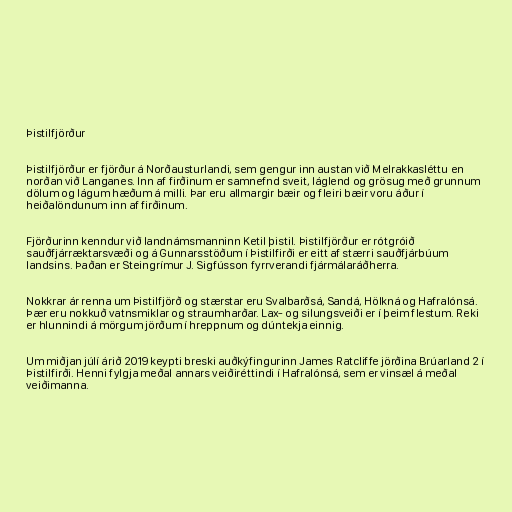
Þistilfjörður

Þistilfjörður er fjörður á Norðausturlandi, sem gengur inn austan við Melrakkasléttu en
norðan við Langanes. Inn af firðinum er samnefnd sveit, láglend og grösug með grunnum
dölum og lágum hæðum á milli. Þar eru allmargir bæir og fleiri bæir voru áður í
heiðalöndunum inn af firðinum.

Fjörðurinn kenndur við landnámsmanninn Ketil þistil. Þistilfjörður er rótgróið
sauðfjárræktarsvæði og á Gunnarsstöðum í Þistilfirði er eitt af stærri sauðfjárbúum
landsins. Þaðan er Steingrímur J. Sigfússon fyrrverandi fjármálaráðherra.

Nokkrar ár renna um Þistilfjörð og stærstar eru Svalbarðsá, Sandá, Hölkná og Hafralónsá.
Þær eru nokkuð vatnsmiklar og straumharðar. Lax- og silungsveiði er í þeim flestum. Reki
er hlunnindi á mörgum jörðum í hreppnum og dúntekja einnig.

Um miðjan júlí árið 2019 keypti breski auðkýfingurinn James Ratcliffe jörðina Brúarland 2 í
Þistilfirði. Henni fylgja meðal annars veiðiréttindi í Hafralónsá, sem er vinsæl á meðal
veiðimanna.